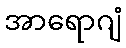
အာရောဂျံ